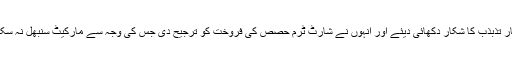
اسٹاک ماہرین کے مطابق گذشتہ ہفتہ مارکیٹ میں کوئی نیا ٹریگر نہ ہونے پر سرمایہ کار تذبذب کا شکار دکھائی دیئے اور انہوں نے شارٹ ٹرم حصص کی فروخت کو ترجیح دی جس کی وجہ سے مارکیٹ سنبھل نہ سکی ،پرافٹ ٹیکنگ کا رجحان بھی غالب رہا جبکہ غیر ملکی سرمایہ کار سائیڈ لائن رہے ۔